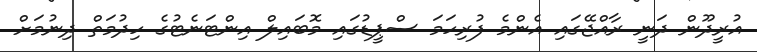
އުރީދޫން ދަނީ ރާއްޖޭގައި އެންމެ ފުރިހަމަ ސްޕީޑުގައި މޮބައިލް އިންޓަނެޓުގެ ހިދުމަތް ދިނުމަށް